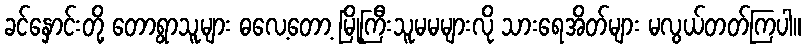
ခင်နှောင်းတို့ တောရွာသူများ ဓလေ့တော့ မြို့ကြီးသူမမများလို သားရေအိတ်များ မလွယ်တတ်ကြပါ။